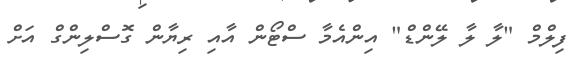
ފިލްމް "ލާ ލާ ލޭންޑް" އިންއެމާ ސްޓޯން އާއި ރިޔާން ގޮސްލިންގް އަށް